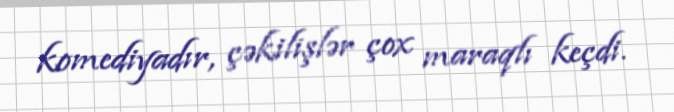
komediyadır, çəkilişlər çox maraqlı keçdi.